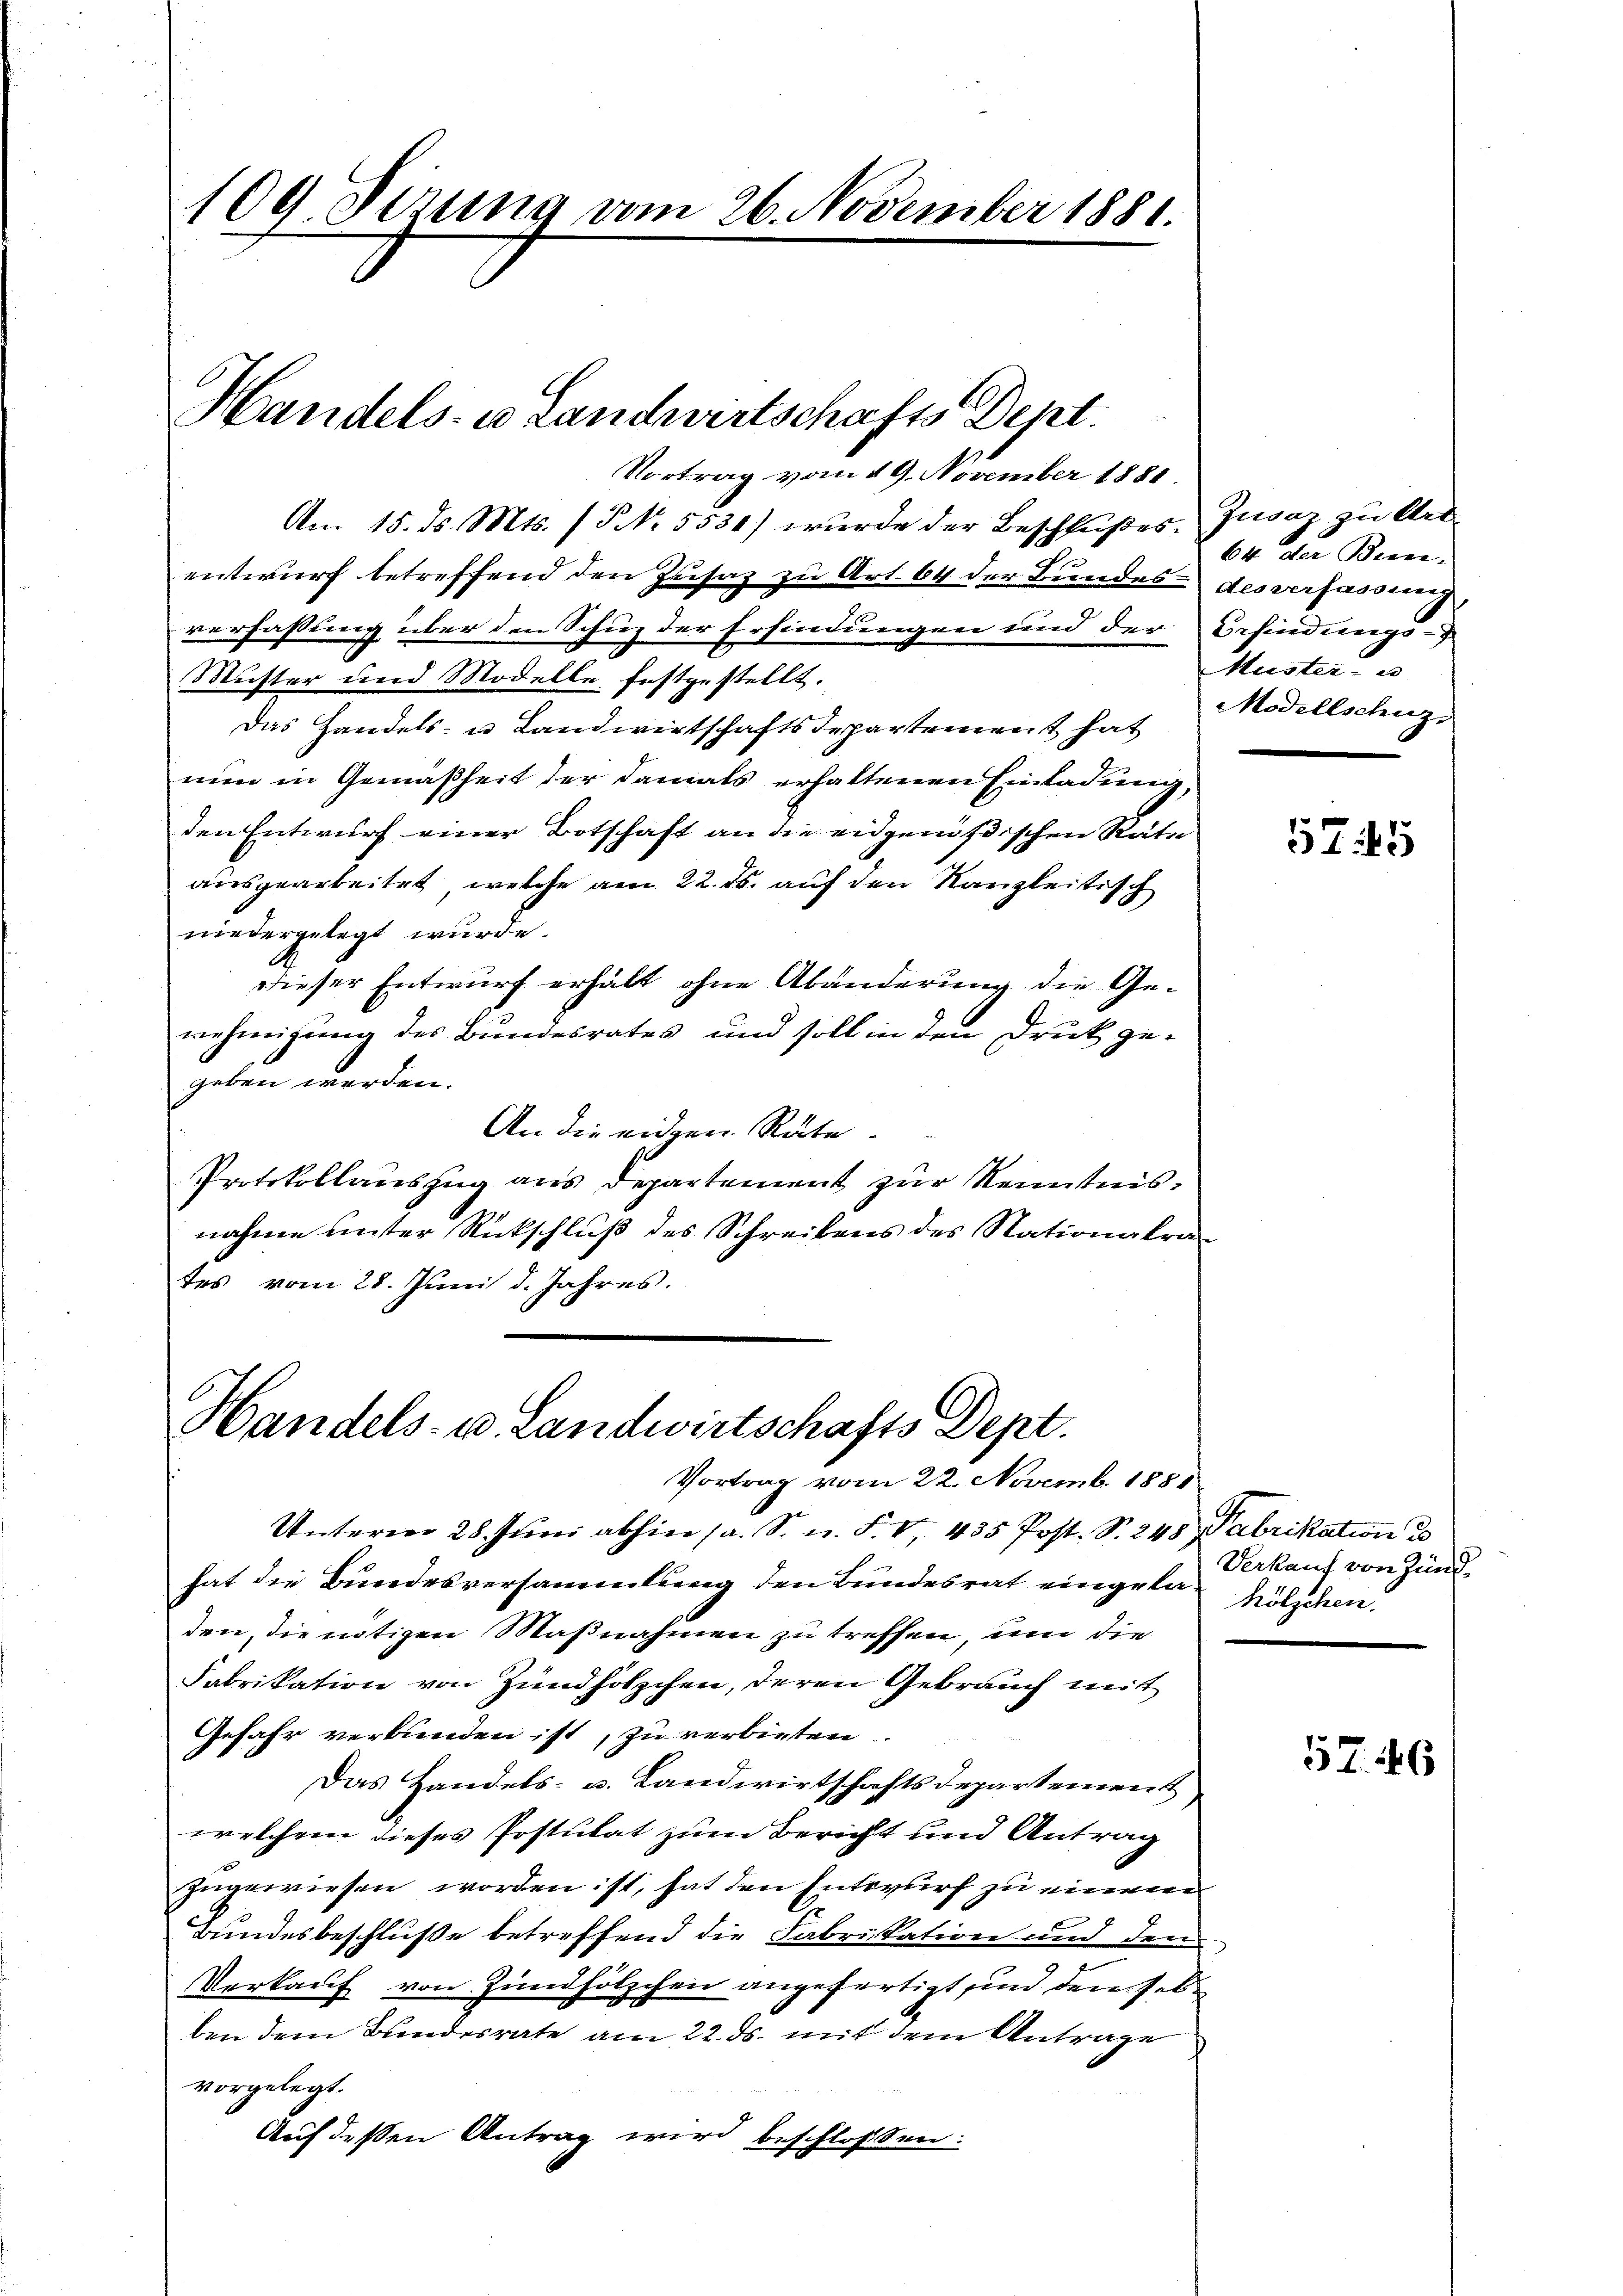
Am 15. ds. Mts. (T. 5531) wurde der Beschlußes, Zuaz zu Art
entwurf betreffend den Zusaz zu Art. 64 der Bundes des verfassun
verfassung über den Schuz der Erfindungen und der Befindungs-
Muster und Modelle festgestellt.
Das Handels- u Landwirtschaftsdepartement hat
nun in Gemäßheit der damals erhaltenen Einladung,
den Entwurf einer Botschaft an die eidgenößischen Räte
ausgearbeitet, welche am 22. ds. auf den Kanzleitisch
niedergelegt wurde.
dieser Entwurf erhält ohne Abänderung die Ge-
nehmigung des Bundesrates und soll in den Druck ge-
geben werden.
An die eidgen. Räte.
Protokollauszug aus Departement zur Kenntnisnahme unter Rückschluß des Schreibens des Nationalra
tes vom 28. Juni d. Jahres.

100. Dezung vom 26. November 1881.

Handels- u Landwirtschafts Dept.
Vortrag vom 19. November 1881.

Handels- u. Landwirtschafts Dept.
Vortrag vom 22. Novemb. 1881

Unterm 28. Juni abhin (a. S. n. F. V, 435 Post. S. 248 Fabrikation d
hat die Bundesversammlung den Bundesrat eingelan hölzchen.
den, die nötigen Maßnahmen zu treffen, um die
Fabrikation von Zündhölzchen, deren Gebrauch mit
Gefahr verbunden ist, zu verbieten.
Das Handels- u. Landwirtschaftsdepartement
welchem dieses Postulat zum Bericht und Antrag
zugewiesen worden ist, hat den Entwurf zu einem
Bundesbeschluße betreffend die Fabrikation und den
Verkauf von Zündhölzchen angefertigt, und dem selben dem Bundesrate am 22. ds. mit dem Antrage
vorgelegt.
Auf deßen Antrag wird beschlossen:

64 der Biene¬
Muster- B
Modellschuz,

5745

Verkauf von Zünd¬

.

57. 46